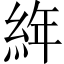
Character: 𦀅